Report of the Indian Hemp Drugs Commission, 1894-1895 - Volume III
Year: 1894
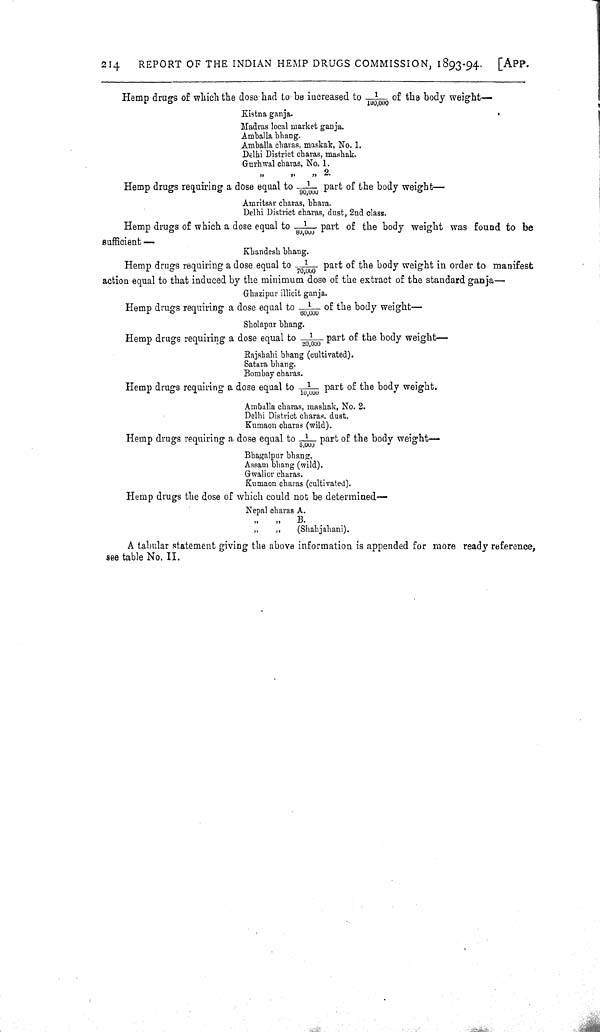
214
REPORT OF THE INDIAN HEMP DRUGS COMMISSION, 1893-94.
[APP.
Hemp drugs of which the dose had to be increased to 1/100,000 of the body weight-
Kistna ganja.
Madras local market ganja.
Amballa bhang.
Amballa charas, maskak, No. 1.
Delhi District charas, mashak.
Gurhwal charas, No. 1.
" " " 2.
Hemp drugs requiring a dose equal to 1/90,000 part of the body weight-
Amritsar charas, bhara.
Delhi District charas, dust, 2nd class.
Hemp drugs of which a dose equal to 1/80,000 part of the body weight was found to be
sufficient -
Khandesh bhang.
Hemp drugs requiring a dose equal to 1/70,000 part of the body weight in order to manifest
action equal to that induced by the minimum dose of the extract of the standard ganja-
Ghazipur illicit ganja.
Hemp drugs requiring a dose equal to 1/60,000 of the body weight-
Sholapur bhang.
Hemp drugs requiring a dose equal to 1/20,000 part of the body weight-
Rajshahi bhang (cultivated).
Satara bhang.
Bombay charas.
Hemp drugs requiring a dose equal to 1/10,000 part of the body weight.
Amballa charas, mashak, No. 2.
Delhi District charas, dust.
Kumaon charas (wild).
Hemp drugs requiring a dose equal to 1/5,000 part of the body weight-
Bhagalpur bhang.
Assam bhang (wild).
Gwalior charas.
Kumaon charas (cultivated).
Hemp drugs the dose of which could not be determined-
Nepal charas A.
"
"
B.
"
"
(Shahjahani).
A tabular statement giving the above information is appended for more ready reference,
see table No. II.